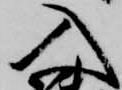
入